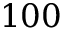
1 0 0